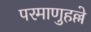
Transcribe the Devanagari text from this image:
परमाणुहल्ले